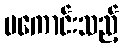
မကောင်းသည့်